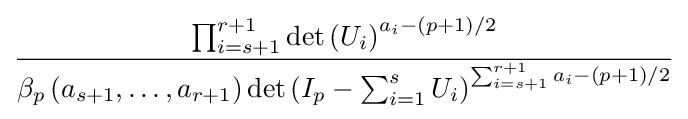
{\frac {\prod _{i=s+1}^{r+1}\det \left(U_{i}\right)^{a_{i}-(p+1)/2}}{\beta _{p}\left(a_{s+1},\ldots ,a_{r+1}\right)\det \left(I_{p}-\sum _{i=1}^{s}U_{i}\right)^{\sum _{i=s+1}^{r+1}a_{i}-(p+1)/2}}}